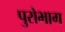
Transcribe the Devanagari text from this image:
पुरोभाग